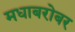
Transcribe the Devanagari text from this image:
मधाबरोबर